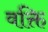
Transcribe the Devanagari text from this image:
वक्ति